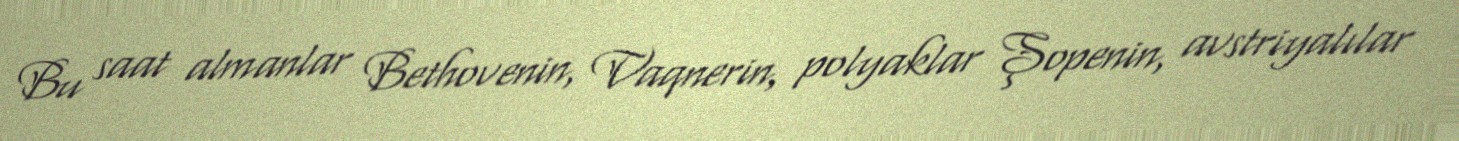
Bu saat almanlar Bethovenin, Vaqnerin, polyaklar Şopenin, avstriyalılar